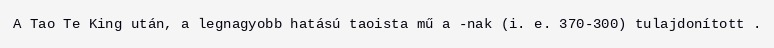
A Tao Te King után, a legnagyobb hatású taoista mű a -nak (i. e. 370-300) tulajdonított .